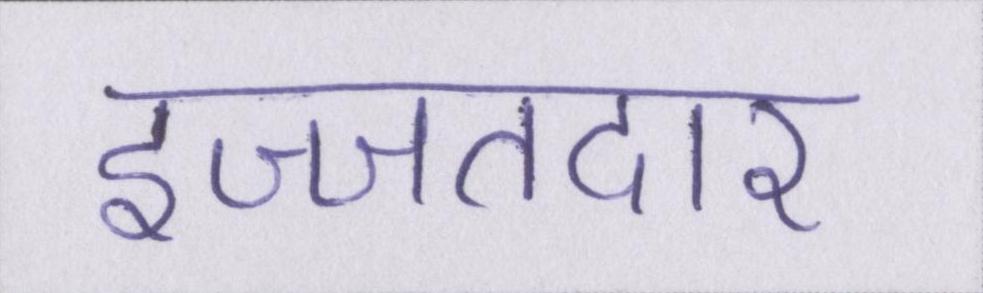
इज्जतदार